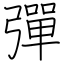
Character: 彈